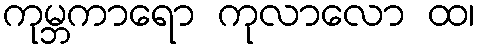
ကုမ္ဘကာရော ကုလာလော ထ၊